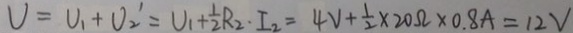
V = U _ { 1 } + U _ { 2 } ^ { \prime } = U _ { 1 } + \frac { 1 } { 2 } R _ { 2 } \cdot I _ { 2 } = 4 V + \frac { 1 } { 2 } \times 2 0 \Omega \times 0 . 8 A = 1 2 V